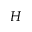
H